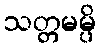
သတ္တမမ္ပိ